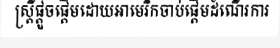
ស្ត្រីផ្តួចផ្តើមដោយអាមេរិកចាប់ផ្តើមដំណើរការ